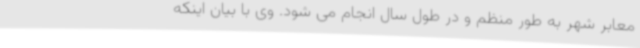
معابر شهر به طور منظم و در طول سال انجام می شود. وی با بیان اینکه